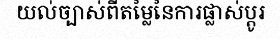
យល់ច្បាស់ពីតម្លៃនៃការផ្លាស់ប្តូរ